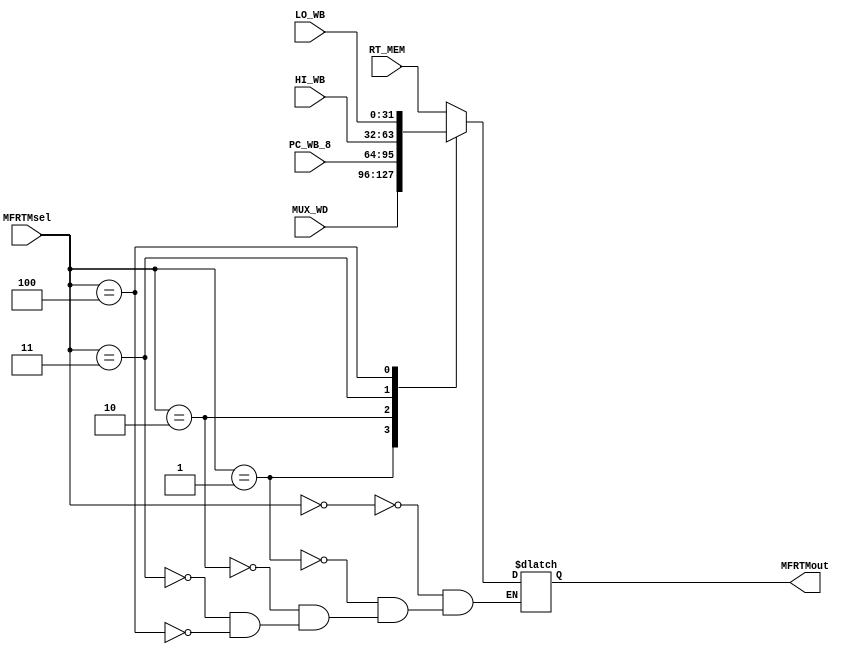
`timescale 1ns / 1ps
//////////////////////////////////////////////////////////////////////////////////
// Company: 
// Engineer: 
// 
// Design Name: 
// Module Name:    MFRTM 
// Project Name: 
// Target Devices: 
// Tool versions: 
// Description: 
//
// Dependencies: 
//
// Revision: 
// Revision 0.01 - File Created
// Additional Comments: 
//
//////////////////////////////////////////////////////////////////////////////////
module MFRTM(
    input [31:0] RT_MEM,
    input [31:0] MUX_WD,
    input [31:0] PC_WB_8,
    input [2:0] MFRTMsel,
	 input [31:0]HI_WB,
	 input [31:0]LO_WB,
    output reg [31:0] MFRTMout
    );
	always @(*)begin
		case (MFRTMsel)
			3'b000: MFRTMout<=RT_MEM;
			3'b001: MFRTMout<=MUX_WD;
			3'b010: MFRTMout<=PC_WB_8;
			3'b011: MFRTMout<=HI_WB;
			3'b100: MFRTMout<=LO_WB;
		endcase
	end

endmodule